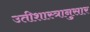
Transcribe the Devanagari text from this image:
उतीशास्त्रानुसार